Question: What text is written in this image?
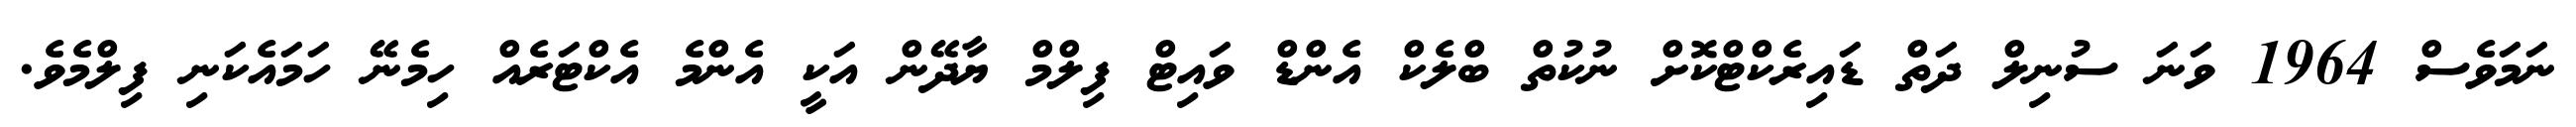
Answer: ނަމަވެސް 1964 ވަނަ ސުނިލް ދަތް ޑައިރެކްޓްކޮށް ނުކުތް ބްލެކް އެންޑް ވައިޓް ފިލްމް ޔާދޭން އަކީ އެންމެ އެކްޓަރެއް ހިމެނޭ ހަމައެކަނި ފިލްމެވެ.